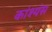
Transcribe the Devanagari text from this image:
कांश्यंस